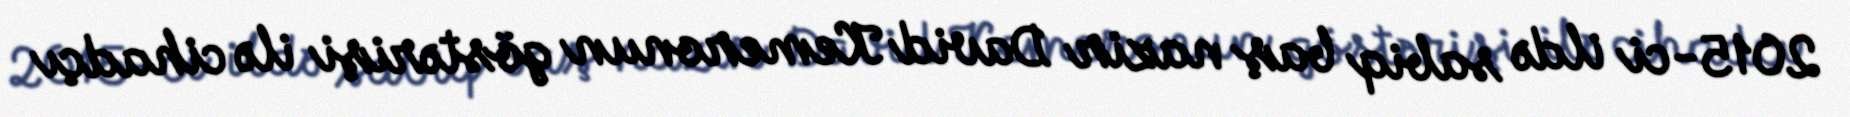
2015-ci ildə sabiq baş nazir David Kemeronun göstərişi ilə cihadçı